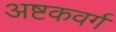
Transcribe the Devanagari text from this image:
अष्टकवर्ग